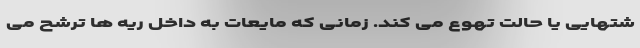
شتهایی یا حالت تهوع می کند. زمانی که مایعات به داخل ریه ها ترشح می